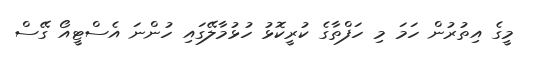
މީގެ އިތުރުން ހަމަ މި ހަފްތާގެ ކުރީކޮޅު ހުޅުމާލޭގައި ހުންނަ އެސްޓީއޯ ގޭސް